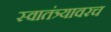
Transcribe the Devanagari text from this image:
स्वातंत्र्यावरच